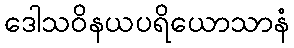
ဒေါသဝိနယပရိယောသာနံ